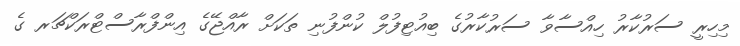
މިހިރީ ސަރުކާރު ހިއްސާވާ ސަރުކާރުގެ ބިއުޓިފުލް ކުންފުނި ތަކަށް ރާއްޖޭގެ އިންފްރާސްޓްރަކްޗަރ ގެ